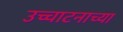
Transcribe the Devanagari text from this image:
उच्चाटनाच्या